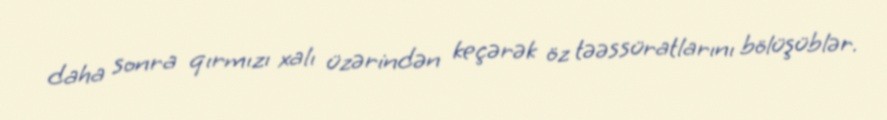
daha sonra qırmızı xalı üzərindən keçərək öz təəssüratlarını bölüşüblər.